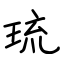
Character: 琉